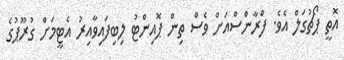
އޮތީ ޕޯޗުގަލް އެވެ. ފްރާންސްއަށް ވެސް ތިން ޕޮއިންޓު ލިބިފައިވާއިރު އެޓީމަށް ގުރޫޕުގެ